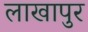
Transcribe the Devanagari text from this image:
लाखापुर